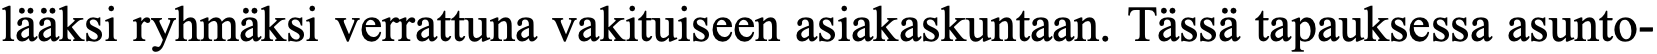
lääksi ryhmäksi verrattuna vakituiseen asiakaskuntaan. Tässä tapauksessa asunto-